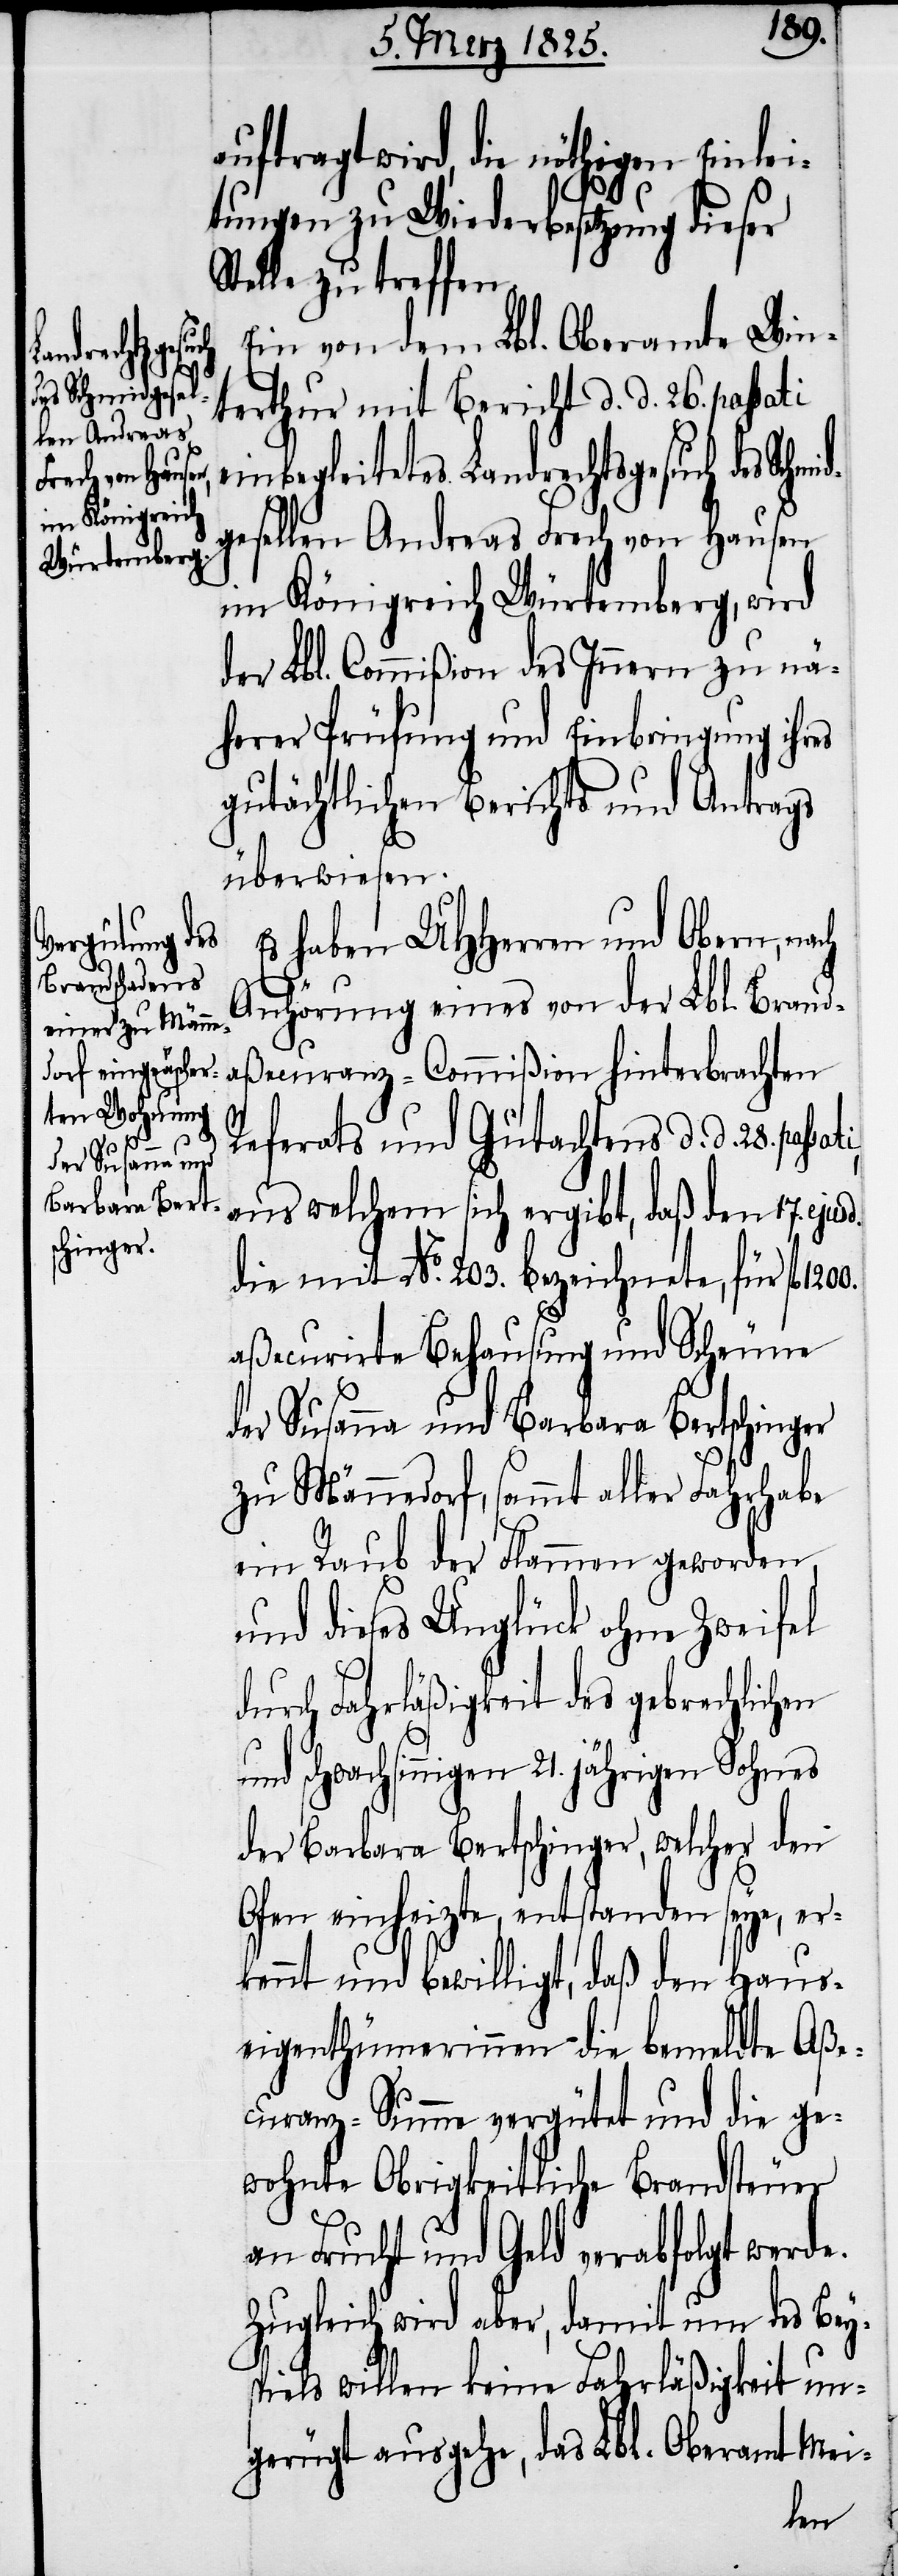
auftragt
er¬
sd.

1200.
wird, die nöthigen Einlei¬
tungen zu Wiederbesetzung dieser
Stelle zu treffen.
Ein von dem Lbl. Oberamte Win¬
terthur mit Bericht d. d. 25. passati
einbegleitetes Landrechtsgesuch des Schm¬
gesellen Andreas Frech von Hausen
im Königreich Würtemberg, wird
der Lbl. Commißion des Innern zu nä¬
herer Prüfung und Einbringung ihres
gutächtlichen Berichts und Antrags
überwiesen.
Es haben UHHerren und Obern,
Anhörung eines von der Lbl. Brand¬
aßecuranz-Commißion hinterbrachten
Referats und Gutachtens d. d. 28.
aus welchem sich ergibt, daß den 17. eju¬
die mit No. 203. bezeichnete, für fl
aßecurirte Behausung und Scheune
der Susanna und Barbara Bertschinger
zu Männedorf, sammt aller Fahrhabe
ein Raub der Flammen geworden,
und dieses Unglück ohne Zweifel
durch Fahrläßigkeit des gebrechlichen
der Barbara Bertschinger, welcher den
Ofen einheizte, entstanden seye,
kennt und bewilligt, daß den Haus¬
eigenthümerinnen die bemeldte Aße¬
curanz-Summe vergütet und die ge¬
wohnte Obrigkeitliche Brandsteuer
an Frucht und Geld verabfolgt werde.
Zugleich wird aber, damit um des Beys¬
piels willen keine Fahrläßigkeit un¬
gerügt ausgehe, das Lbl. Oberamt Mei-